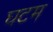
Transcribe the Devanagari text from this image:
घटम